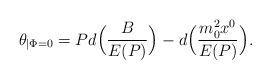
LaTeX: \begin{align*}\theta_{\mid \Phi =0} =P d\Bigl(\frac{B}{E(P)}\Bigr)-d\Bigl(\frac{m_0^2x^0}{E({P})}\Bigr).\end{align*}